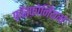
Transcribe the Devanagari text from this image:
फ़ॉस्फ़ोनियम